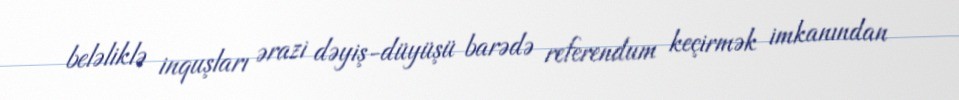
beləliklə inquşları ərazi dəyiş-düyüşü barədə referendum keçirmək imkanından